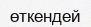
өткендей